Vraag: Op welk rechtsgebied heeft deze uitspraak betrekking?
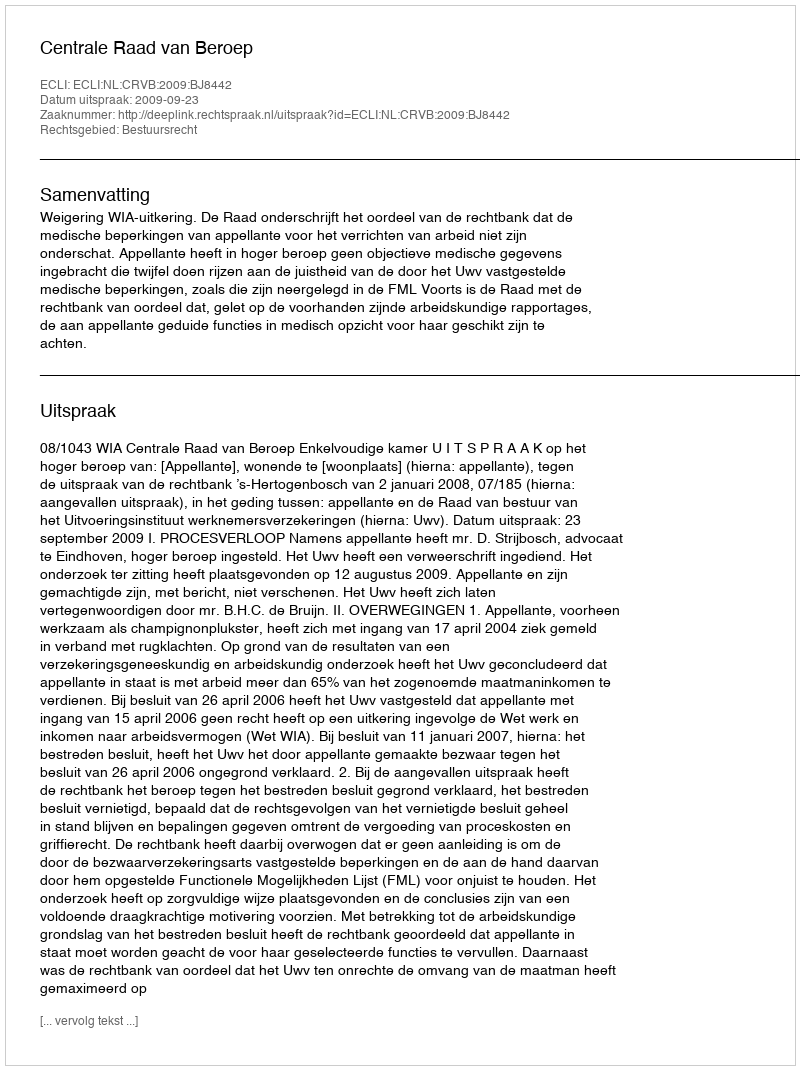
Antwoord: Bestuursrecht